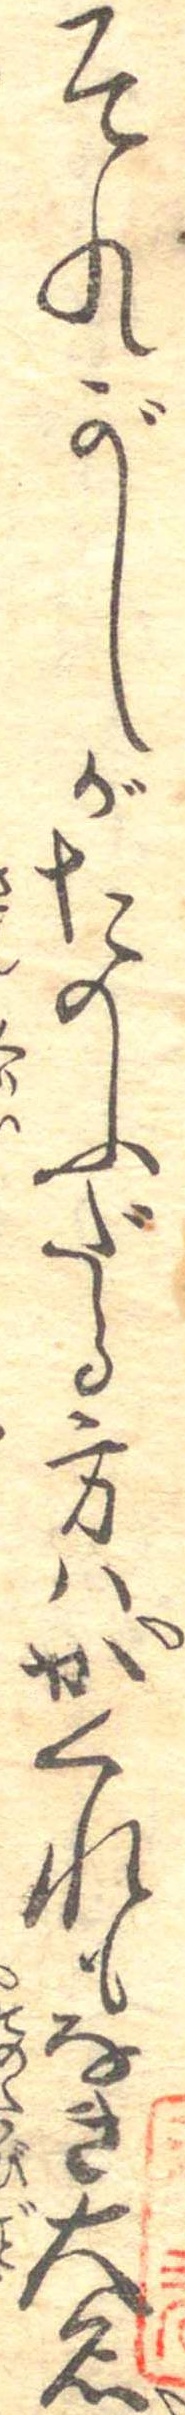
それがしがたのふだる方はかくれもなき大名